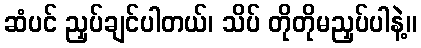
ဆံပင် ညှပ်ချင်ပါတယ်၊ သိပ် တိုတိုမညှပ်ပါနဲ့။